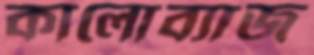
কালোব্যাজ